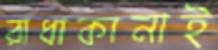
রাধাকানাই